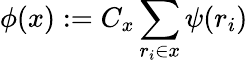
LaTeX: \phi(x):=C_{x}\sum_{r_{i}\in x}\psi(r_{i})